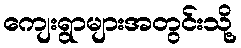
ကျေးရွာများအတွင်းသို့